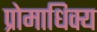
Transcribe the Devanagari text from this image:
प्रोमाधिक्य